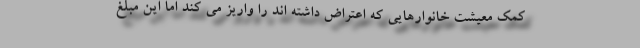
کمک معیشت خانوارهایی که اعتراض داشته اند را واریز می کند اما این مبلغ